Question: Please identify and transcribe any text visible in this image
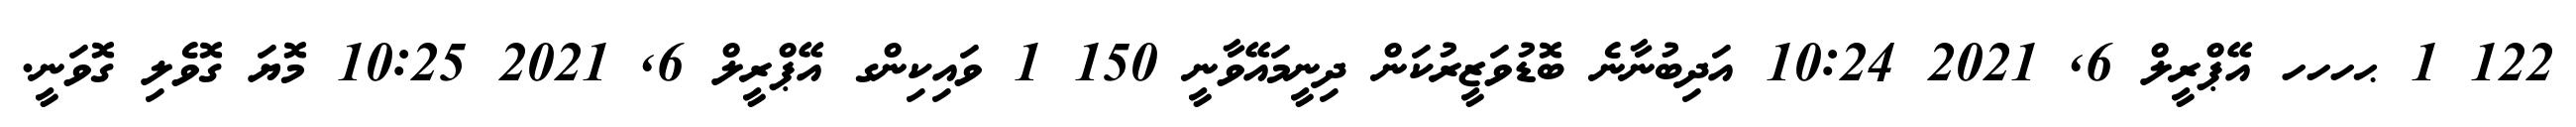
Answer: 122 1 ޙހހހ އޭޕްރީލް 6, 2021 10:24 އަދިބުނާނެ ބޮޑުވަޒީރުކަން ދިނީމައޭވާނީ 150 1 ވައިކިންގ އޭޕްރީލް 6, 2021 10:25 މޮޔަ ގޮވެލި ގޮވަނީ.